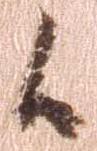
候